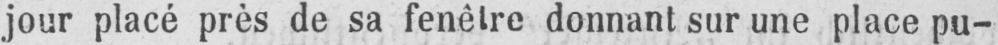
jour placé près de sa fenêtre donnant sur une place pu-